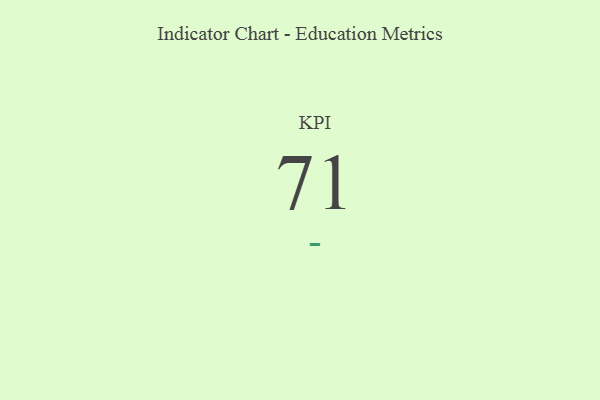
{"axis": {"x": "KPI", "y": "Value"}, "legend": [""], "data": [{"x": "KPI", "y": 71, "type": ""}]}